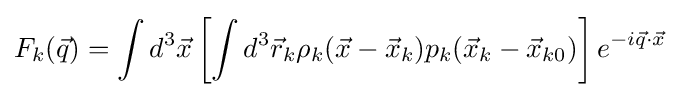
F_{k}({\vec {q}})=\int d^{3}{\vec {x}}\left[\int d^{3}{\vec {r}}_{k}\rho _{k}({\vec {x}}-{\vec {x}}_{k})p_{k}({\vec {x}}_{k}-{\vec {x}}_{k0})\right]e^{-i{\vec {q}}\cdot {\vec {x}}}